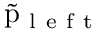
\tilde { \mathrm { p } } _ { \mathrm { ~ l ~ e ~ f ~ t ~ } }